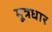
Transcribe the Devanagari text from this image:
मूत्रधार